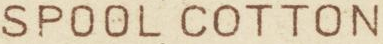
SPOOLCOTTON